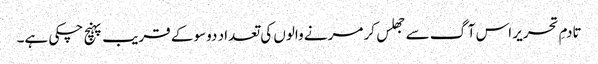
تادمِ تحریر اس آگ سے جھلس کر مرنے والوں کی تعداد دوسو کے قریب پہنچ چکی ہے۔